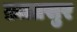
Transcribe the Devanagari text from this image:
व्रत्तासुर